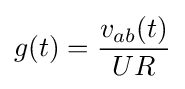
g(t)={\frac {v_{ab}(t)}{UR}}